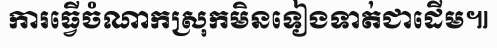
ការធ្វើចំណាកស្រុកមិនទៀងទាត់ជាដើម៕